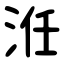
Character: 㳝